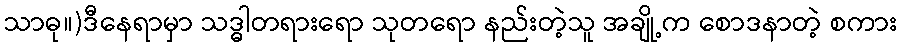
သာဓု။)ဒီနေရာမှာ သဒ္ဓါတရားရော သုတရော နည်းတဲ့သူ အချို့က စောဒနာတဲ့ စကား